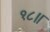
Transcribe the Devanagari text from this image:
१८॥